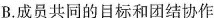
B.成员共同的目标和团结协作